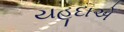
યહૂદાએ